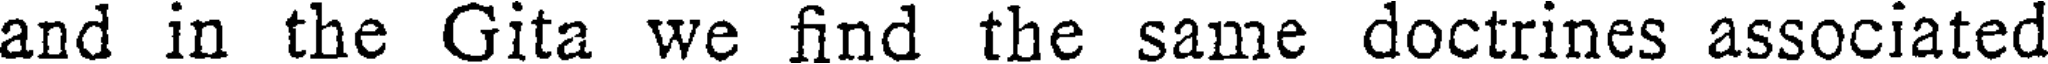
and in the Gita we find the same doctrines associated